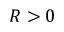
R > 0